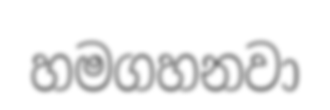
හමගහනවා